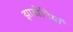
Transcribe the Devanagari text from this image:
झाडोनियां